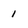
Character: 1